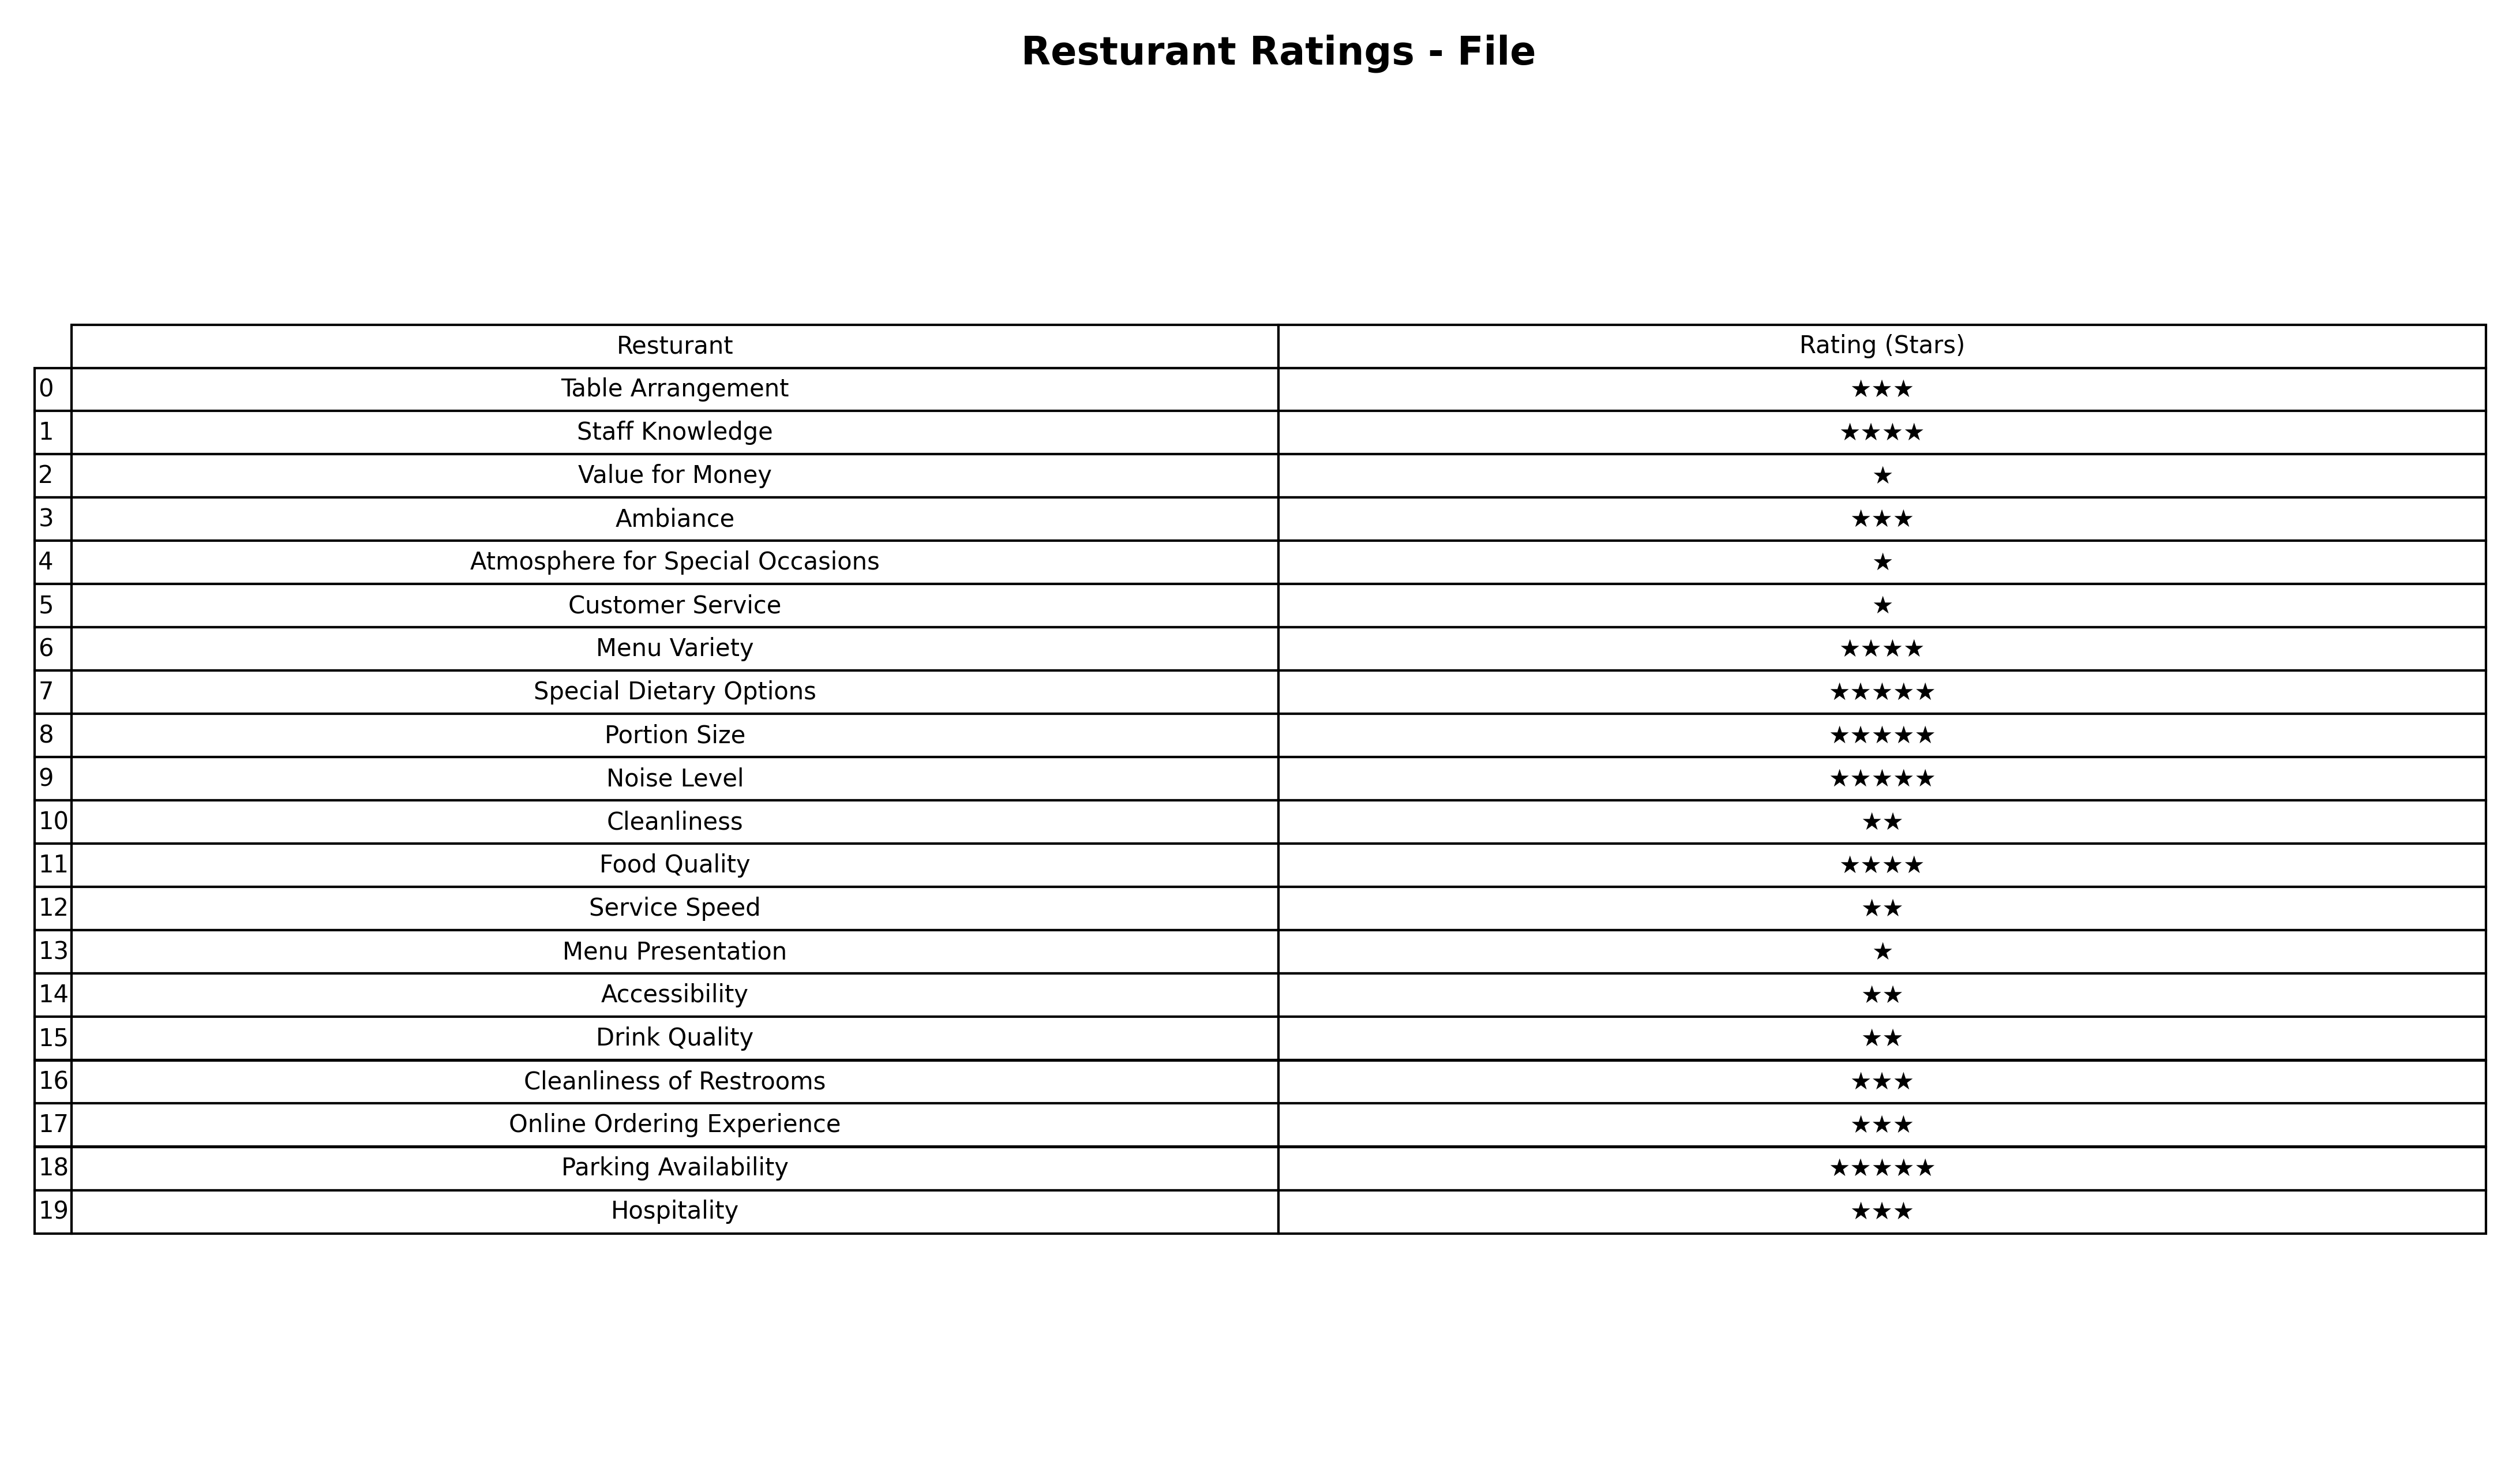
question: Which services are rated average?
answer: Table ArrangementAmbianceCleanliness of RestroomsOnline Ordering ExperienceHospitality